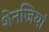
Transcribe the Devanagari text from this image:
शेनजियां